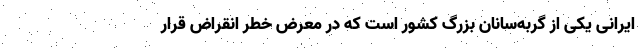
ایرانی یکی از گربه‌سانان بزرگ کشور است که در معرض خطر انقراض قرار